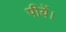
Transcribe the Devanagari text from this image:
पीयें।